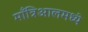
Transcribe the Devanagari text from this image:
माँत्रिआलमध्ये